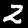
Digit: 2